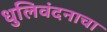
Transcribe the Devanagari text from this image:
धुलिवंदनाचा